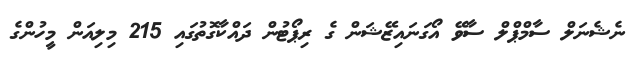
ނެޝެނަލް ސާމްޕްލް ސާވޭ އޯގަނައިޒޭޝަން ގެ ރިޕޯޓުން ދައްކާގޮތުގައި 215 މިލިއަން މީހުންގެ